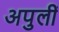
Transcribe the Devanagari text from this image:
अपुलीं